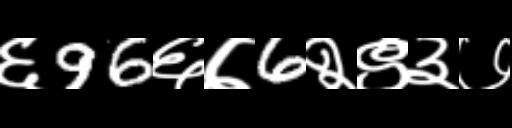
Text: ६96६७6२९३७